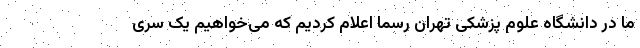
ما در دانشگاه علوم پزشکی تهران رسما اعلام کردیم که می‌خواهیم یک سری